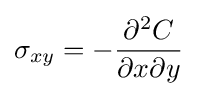
\sigma _{xy}=-{\frac {\partial ^{2}C}{\partial x\partial y}}